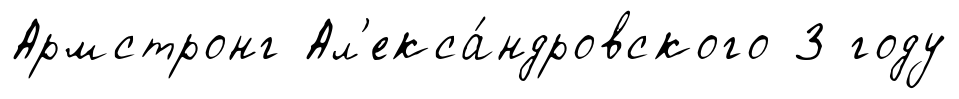
Армстронг Ал'екса́ндровского 3 году